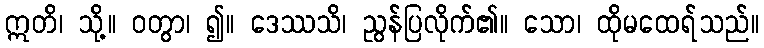
ဣတိ၊ သို့။ ဝတွာ၊ ၍။ ဒေဿသိ၊ ညွန်ပြလိုက်၏။ သော၊ ထိုမထေရ်သည်။